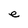
Character: e